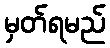
မှတ်ရမည်